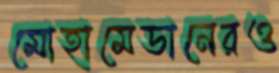
মোহামেডানেরও